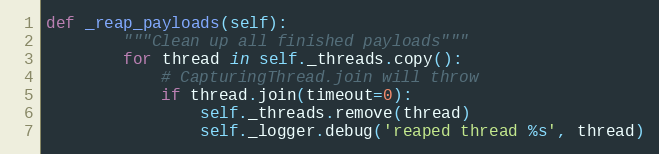
Language: Python
def _reap_payloads(self):
        """Clean up all finished payloads"""
        for thread in self._threads.copy():
            # CapturingThread.join will throw
            if thread.join(timeout=0):
                self._threads.remove(thread)
                self._logger.debug('reaped thread %s', thread)